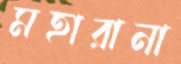
মহারানা